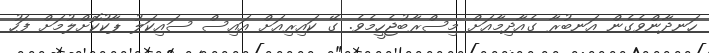
ހަނދާންވެގެން އަނބުރާ ގެއާދިމާއަށް މިސްރާބުޖެހީމެވެ. ގޭ ކައިރިއަށް އައިސް ސައިކަލު ޕާކުކޮށްލުމަށް ފަހު